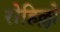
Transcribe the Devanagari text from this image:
रोहिल्लो